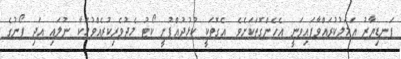
ފަނޑިޔާރު އަމަލުކުރައްވާފައިވަނީ އެހެންގޮތަކަށެވެ. އެގޮތަކީ ކުޅުދުއްފުށީ ކޯޓު މެދުވެރިކުރެއްވުމަކާ ނުލައި އަދި ފޯނުގެ